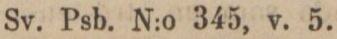
Sv. Psb. N:o 345, v. 5.